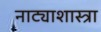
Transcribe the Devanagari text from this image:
नाट्याशास्त्रा